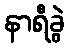
နာရီခွဲ